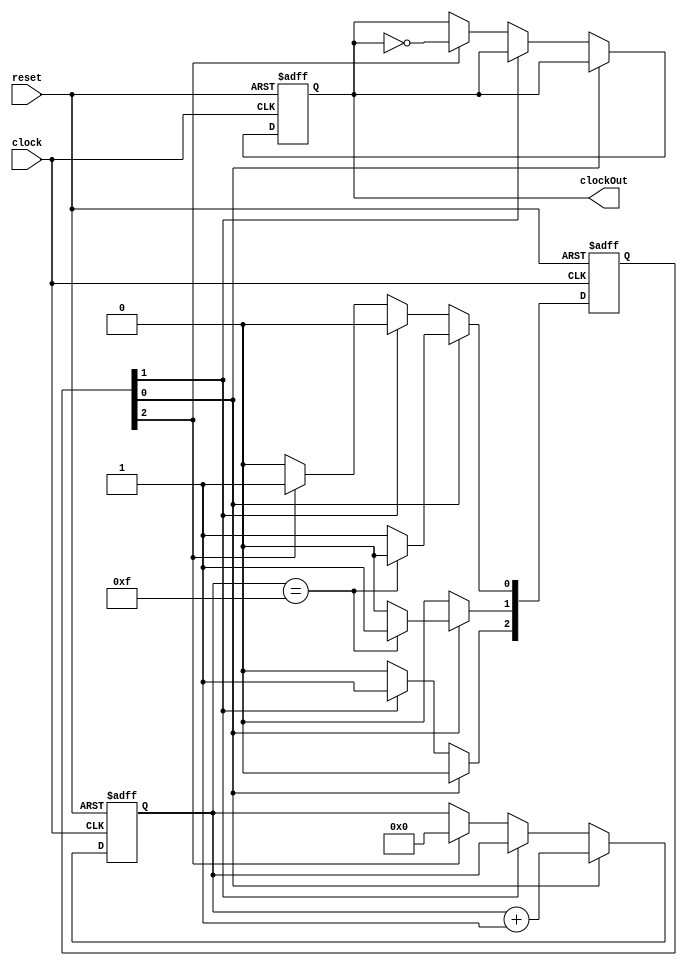
// This program was cloned from: https://github.com/HurleyResearch/nRFICE
// License: GNU General Public License v3.0


module clockstretch (
	clock,
	reset,


	clockOut
);


input  clock;
input  reset;

output  clockOut;


// ------------------------------
//        Define States          
// ------------------------------

parameter [1:0] COUNTING = 2'b0;
parameter [1:0] INTERIM = 2'b1;
parameter [1:0] RESET = 2'b10;

parameter  newParameter = 1'b0;



// ------------------------------
//        Definitions          
// ------------------------------


wire  clock;
wire  clockOut;
wire  reset;

reg [7:0] clockCount;
reg  clockOutReg;

reg [2:0] state;
reg [2:0] next;
// ------------------------------
//       Common Code, not used         
// ------------------------------


// ------------------------------
//       Code Block         
// ------------------------------
assign clockOut = clockOutReg;


// ------------------------------
//       Input Buffering         
// ------------------------------



always @ (posedge clock or posedge reset) begin 
	if (reset) begin
	end
	else begin
	end
end


// ------------------------------
//   State Switching Block       
// ------------------------------


always @ (posedge clock or posedge reset) begin
	if (reset)	begin
            state <= 3'b0;
            state[COUNTING] <= 1'b1;
	end
	else state <= next;
end



// ------------------------------
//          Input Block         
// ------------------------------


always @ ( state , clockCount) begin
	next = 3'b0;
	case (1'b1)
		state[COUNTING]  :  begin
			if( clockCount == 8'hf )
				next[INTERIM] = 1'b1;
			else 
				next[COUNTING] = 1'b1;
		end
		state[INTERIM]  :  begin
			next[RESET] = 1'b1;
		end
		state[RESET]  :  begin
			next[COUNTING] = 1'b1;
		end
	endcase
end      // end of input block


// ------------------------------
//         Output Block          
// ------------------------------



always @ (posedge clock or posedge reset) begin 
	if (reset) begin
		clockCount <= 8'b0;
		clockOutReg <= 1'b0;
	end
	else begin
		clockCount <= clockCount[7:0];
		clockOutReg <= clockOutReg;
		case (1'b1)
			state[COUNTING]  :  begin
				clockCount <= clockCount + 1'b1;
			end
			state[INTERIM]  :  begin
			end
			state[RESET]  :  begin
				clockCount <= 8'b0;
				clockOutReg <= ~clockOutReg;
			end

		endcase
	end

end      // end of output always block

endmodule      // end of module clockstretch